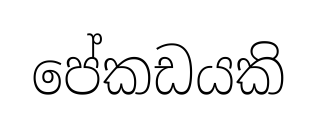
පේකඩයකි